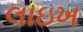
લાઇખ